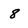
Character: 8